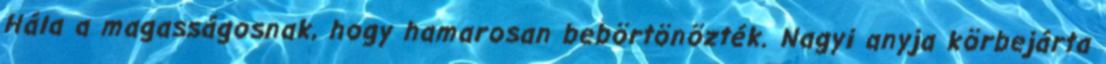
Hála a magasságosnak, hogy hamarosan bebörtönözték. Nagyi anyja körbejárta